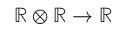
\mathbb { R } \otimes \mathbb { R } \rightarrow \mathbb { R }